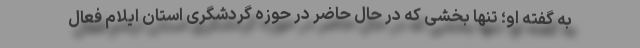
به گفته او؛ تنها بخشی که در حال حاضر در حوزه گردشگری استان ایلام فعال